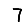
Digit: 7